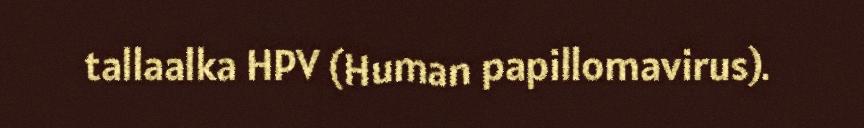
tallaalka HPV (Human papillomavirus).